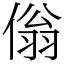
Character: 傟